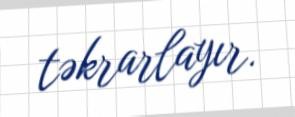
təkrarlayır.